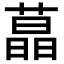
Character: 蕌